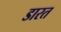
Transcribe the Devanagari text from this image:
डारत